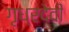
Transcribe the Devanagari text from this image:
गृध्रदेवी